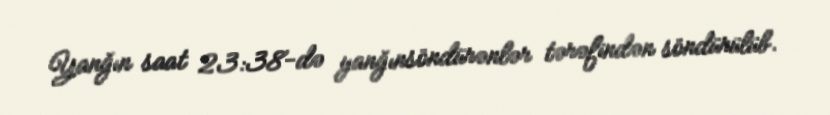
Yanğın saat 23:38-də yanğınsöndürənlər tərəfindən söndürülüb.